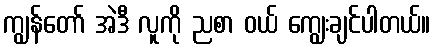
ကျွန်တော် အဲဒီ လူကို ညစာ ဝယ် ကျွေးချင်ပါတယ်။